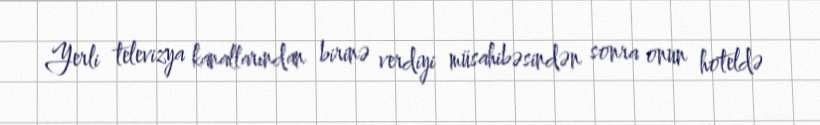
Yerli televizya kanallarından birinə verdiyi müsahibəsindən sonra onun hoteldə